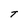
Character: T